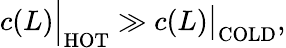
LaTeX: c(L)\Big|_{\mathrm{HOT}}\gg c(L)\big|_{\mathrm{COLD}},